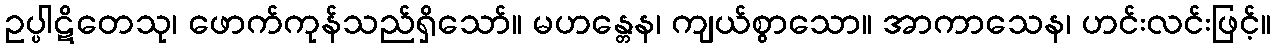
ဥပ္ပါဋိတေသု၊ ဖောက်ကုန်သည်ရှိသော်။ မဟန္တေန၊ ကျယ်စွာသော။ အာကာသေန၊ ဟင်းလင်းဖြင့်။